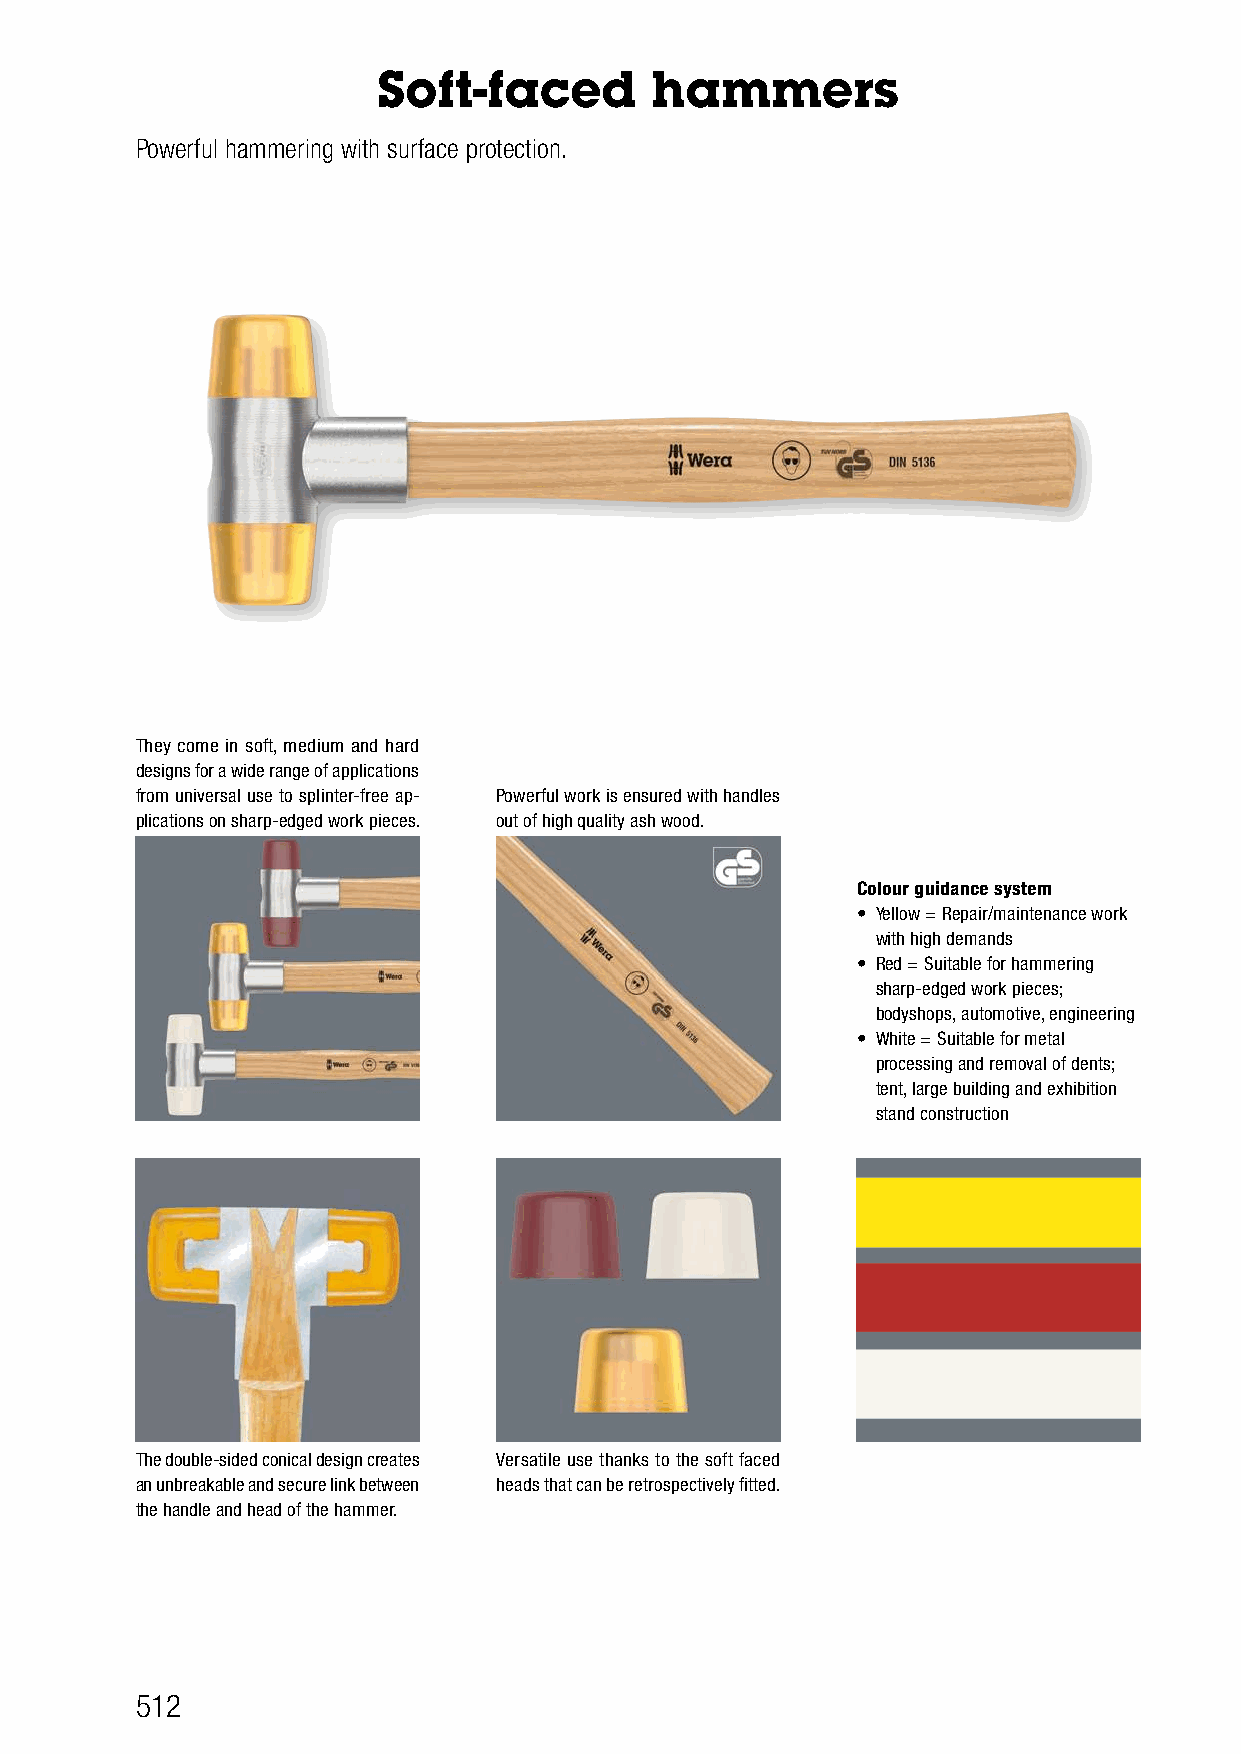
Soft-faced        hammers
 Powerful hammering with surface protection.
 They come in soft, medium and hard
 designs for a wide range of applications
 from universal use to splinter-free ap- Powerful work is ensured with handles
 plications on sharp-edged work pieces. out of high quality ash wood.
 Colour guidance system
 • Yellow = Repair/maintenance work
 with high demands
 • Red = Suitable for hammering
 sharp-edged work pieces;
 bodyshops, automotive, engineering
 • White = Suitable for metal
 processing and removal of dents;
 tent, large building and exhibition
 stand construction
 The double-sided conical design creates Versatile use thanks to the soft faced
 an unbreakable and secure link between heads that can be retrospectively fitted.
 the handle and head of the hammer.
 512